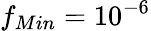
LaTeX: f_{Min}=10^{-6}